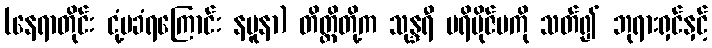
(နေရာတိုင်း ငုံ့မခံရကြောင်း နမူနာ) တိတ္ထိတို့က သုန္ဒရီ ပရိဗိုဇ်မကို သတ်၍ ဘုရားရှင်နှင့်